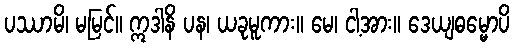
ပဿာမိ၊ မမြင်။ ဣဒါနိ ပန၊ ယခုမူကား။ မေ၊ ငါ့အား။ ဒေယျဓမ္မောပိ